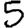
Digit: 5